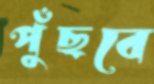
পুঁছবে